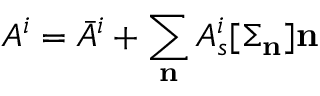
A ^ { i } = \bar { A } ^ { i } + \sum _ { \bf n } A _ { s } ^ { i } [ { \Sigma _ { \bf n } } ] { \bf n }